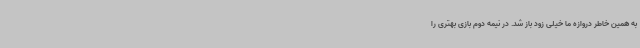
به همین خاطر دروازه ما خیلی زود باز شد. در نیمه دوم بازی بهتری را